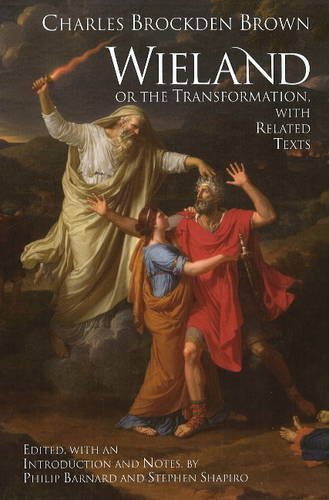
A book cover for Wieland; or The Transformation: with Related Texts (Hackett Classics); Charles Brockden Brown; Literature & Fiction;